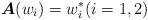
LaTeX: \begin{align*}\boldsymbol{A}(w_i)=w^*_i(i=1,2)\end{align*}